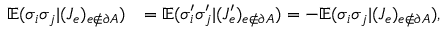
\begin{array} { r l } { \mathbb { E } ( \sigma _ { i } \sigma _ { j } | ( J _ { e } ) _ { e \notin \partial A } ) } & { = \mathbb { E } ( \sigma _ { i } ^ { \prime } \sigma _ { j } ^ { \prime } | ( J _ { e } ^ { \prime } ) _ { e \notin \partial A } ) = - \mathbb { E } ( \sigma _ { i } \sigma _ { j } | ( J _ { e } ) _ { e \notin \partial A } ) , } \end{array}